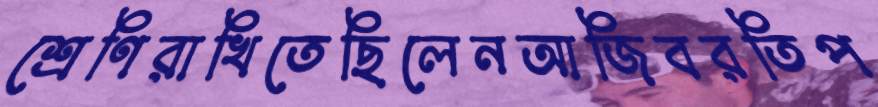
শ্রেণিরাখিতেছিলেনআজিবরতিপ